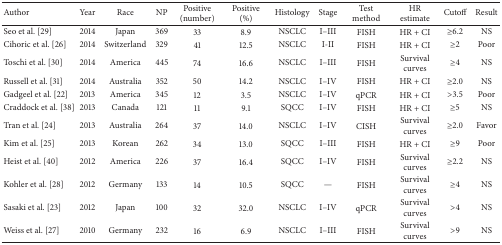
<table><thead><tr><td><b>Author</b></td><td><b>Year</b></td><td><b>Race</b></td><td><b>NP</b></td><td><b>Positive (number)</b></td><td><b>Positive (%)</b></td><td><b>Histology</b></td><td><b>Stage</b></td><td><b>Test method</b></td><td><b>HR estimate</b></td><td><b>Cutoff</b></td><td><b>Result</b></td></tr></thead><tbody><tr><td>Seo et al. [29]</td><td>2014</td><td>Japan</td><td>369</td><td>33</td><td>8.9</td><td>NSCLC</td><td>I–III</td><td>FISH</td><td>HR + CI</td><td>≥6.2</td><td>NS</td></tr><tr><td>Cihoric et al. [26]</td><td>2014</td><td>Switzerland</td><td>329</td><td>41</td><td>12.5</td><td>NSCLC</td><td>I-II</td><td>FISH</td><td>HR + CI</td><td>≥2</td><td>Poor</td></tr><tr><td>Toschi et al. [30]</td><td>2014</td><td>America</td><td>445</td><td>74</td><td>16.6</td><td>NSCLC</td><td>I–III</td><td>FISH</td><td>Survival curves</td><td>≥4</td><td>NS</td></tr><tr><td>Russell et al. [31]</td><td>2014</td><td>Australia</td><td>352</td><td>50</td><td>14.2</td><td>NSCLC</td><td>I–IV</td><td>FISH</td><td>HR + CI</td><td>≥2.0</td><td>NS</td></tr><tr><td>Gadgeel et al. [22]</td><td>2013</td><td>America</td><td>345</td><td>12</td><td>3.5</td><td>NSCLC</td><td>I–IV</td><td>qPCR</td><td>HR + CI</td><td>&gt;3.5</td><td>Poor</td></tr><tr><td>Craddock et al. [38]</td><td>2013</td><td>Canada</td><td>121</td><td>11</td><td>9.1</td><td>SQCC</td><td>I–IV</td><td>FISH</td><td>HR + CI</td><td>≥5</td><td>NS</td></tr><tr><td>Tran et al. [24]</td><td>2013</td><td>Australia</td><td>264</td><td>37</td><td>14.0</td><td>NSCLC</td><td>I–IV</td><td>CISH</td><td>Survival curves</td><td>≥2.0</td><td>Favor</td></tr><tr><td>Kim et al. [25]</td><td>2013</td><td>Korean</td><td>262</td><td>34</td><td>13.0</td><td>SQCC</td><td>I–III</td><td>FISH</td><td>HR + CI</td><td>≥9</td><td>Poor</td></tr><tr><td>Heist et al. [40]</td><td>2012</td><td>America</td><td>226</td><td>37</td><td>16.4</td><td>SQCC</td><td>I–IV</td><td>FISH</td><td>Survival curves</td><td>≥2.2</td><td>NS</td></tr><tr><td>Kohler et al. [28]</td><td>2012</td><td>Germany</td><td>133</td><td>14</td><td>10.5</td><td>SQCC</td><td>—</td><td>FISH</td><td>Survival curves</td><td>≥4</td><td>NS</td></tr><tr><td>Sasaki et al. [23]</td><td>2012</td><td>Japan</td><td>100</td><td>32</td><td>32.0</td><td>NSCLC</td><td>I–IV</td><td>qPCR</td><td>Survival curves</td><td>&gt;4</td><td>NS</td></tr><tr><td>Weiss et al. [27]</td><td>2010</td><td>Germany</td><td>232</td><td>16</td><td>6.9</td><td>NSCLC</td><td>I–III</td><td>FISH</td><td>Survival curves</td><td>&gt;9</td><td>NS</td></tr></tbody></table>